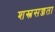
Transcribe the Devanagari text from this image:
शस्त्रसज्जता